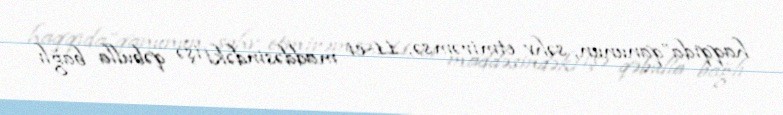
haqqıda”qanunun, səhv etmirəmsə, 11-ci maddəsindəki işə qəbulla bağlı